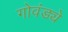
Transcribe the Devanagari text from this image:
गोवंड्ये